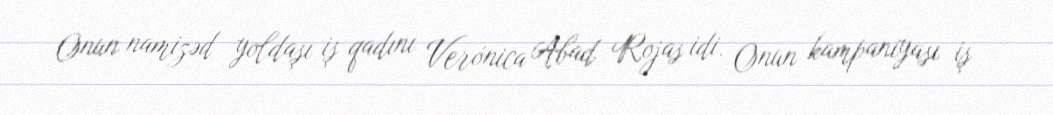
Onun namizəd yoldaşı iş qadını Verónica Abad Rojas idi. Onun kampaniyası iş